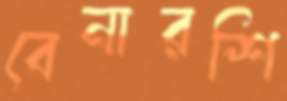
বেনারশি